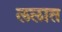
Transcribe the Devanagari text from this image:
ललात